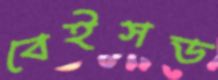
বেইসড